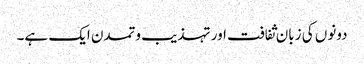
دونوں کی زبان ثفافت اور تہذیب وتمدن ایک ہے۔